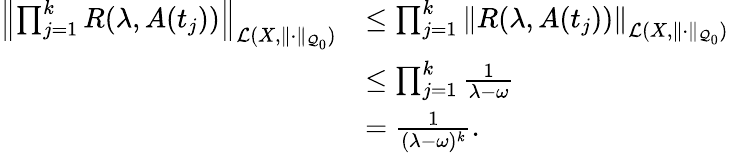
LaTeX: \begin{array}{rl}{\left\| \prod_{j=1}^{k}R(\lambda,A(t_{j}))\right\| _{\mathcal{L}(X,\| \cdot\| _{\mathcal{Q}_{0}})}}&{\leq\prod_{j=1}^{k}\left\| R(\lambda,A(t_{j}))\right\| _{\mathcal{L}(X,\| \cdot\| _{\mathcal{Q}_{0}})}}\\ &{\leq\prod_{j=1}^{k}\frac{1}{\lambda-\omega}}\\ &{=\frac{1}{(\lambda-\omega)^{k}}.}\end{array}